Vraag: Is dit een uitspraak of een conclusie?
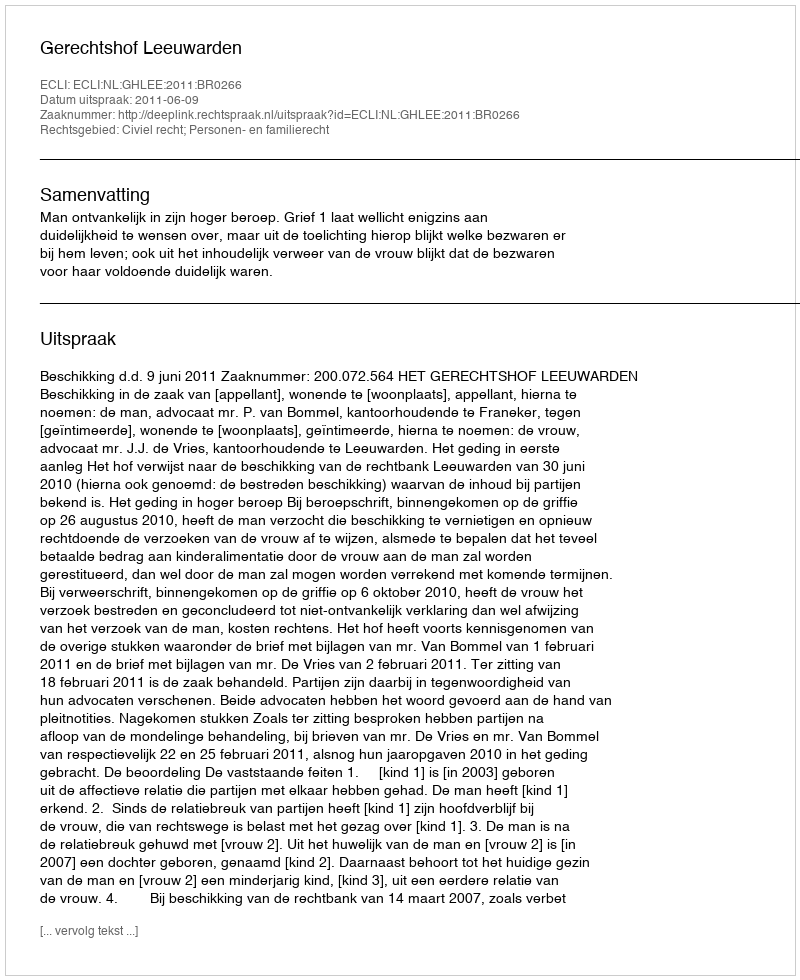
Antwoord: Uitspraak